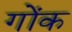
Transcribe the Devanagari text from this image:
गोंक